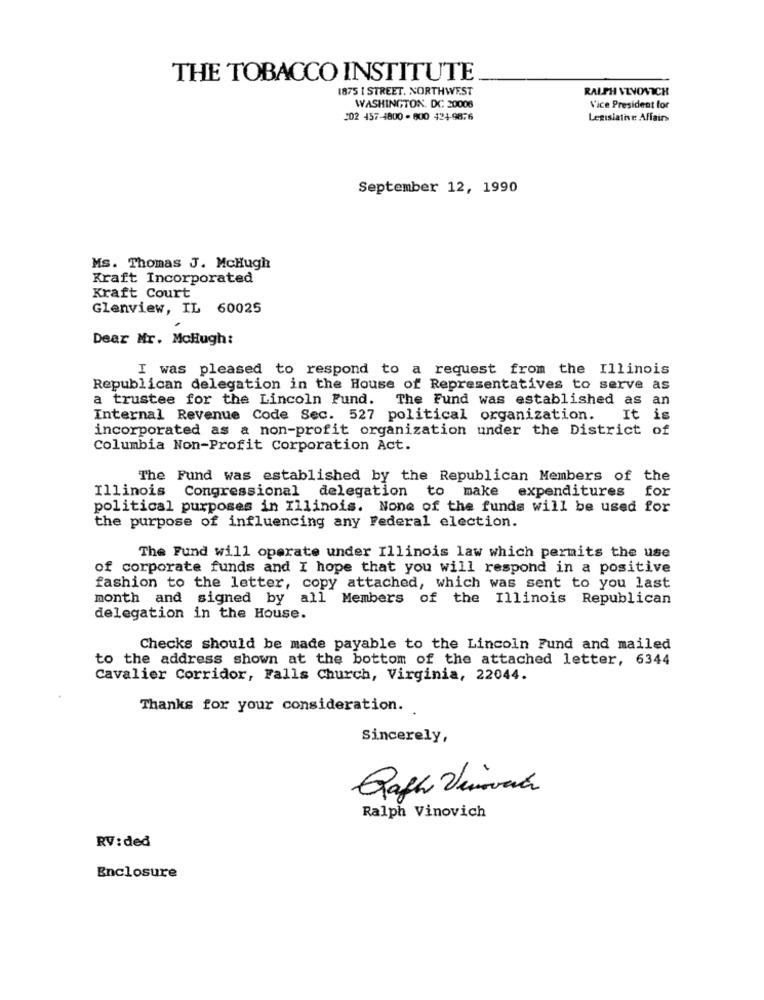
THE TOBACCO INSTITUTE
1875 I STREET. NORTHWEST
RALPH VLVOVICH
WASHINGTON, DC: 20008
Vice President for
202 457-4800-800 424-9876
Legislative Affairs
September 12, 1990
Ms. Thomas J. McHugh
Kraft Incorporated
Kraft Court
Glenview, IL 60025
Dear Mr. MoHugh:
I was pleased to respond to a request from the Illinois
Republican delegation in the House of Representatives to serve as
a trustee for the Lincoln Fund. The Fund was established as an
Internal Revenue Code Sec. 527 political organization. It is
incorporated as a non-profit organization under the District of
Columbia Non-Profit Corporation Act.
The Fund was established by the Republican Members of the
for
Illinois Congressional delegation to make expenditures
political purposes in Illinois. None of the funds will be used for
the purpose of influencing any Federal election.
The Fund will operate under Illinois law which permits the use
of corporate funds and I hope that you will respond in a positive
fashion to the letter, copy attached, which was sent to you last
month and signed by all Members of the Illinois Republican
delegation in the House.
Checks should be made payable to the Lincoln Fund and mailed
to the address shown at the bottom of the attached letter, 6344
Cavalier Corridor, Falls Church, Virginia, 22044.
Thanks for your consideration.
Sincerely,
Ralph Vinovich
RV: ded
Enclosure